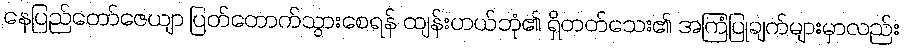
နေပြည်တော်ဇေယျာ ပြတ်တောက်သွားစေရန် ထျန်းဟယ်ဘုံ၏ ရှိတတ်သေး၏ အကြံပြုချက်များမှာလည်း